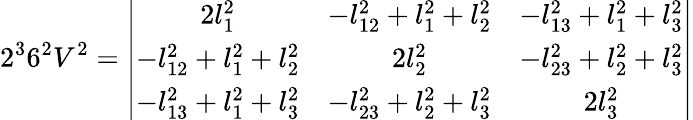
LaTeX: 2^{3}6^{2}V^{2}=\left|\begin{array}{ccc}{{2l_{1}^{2}}}&{{-l_{12}^{2}+l_{1}^{2}+l_{2}^{2}}}&{{-l_{13}^{2}+l_{1}^{2}+l_{3}^{2}}}\\ {{-l_{12}^{2}+l_{1}^{2}+l_{2}^{2}}}&{{2l_{2}^{2}}}&{{-l_{23}^{2}+l_{2}^{2}+l_{3}^{2}}}\\ {{-l_{13}^{2}+l_{1}^{2}+l_{3}^{2}}}&{{-l_{23}^{2}+l_{2}^{2}+l_{3}^{2}}}&{{2l_{3}^{2}}}\end{array}\right|